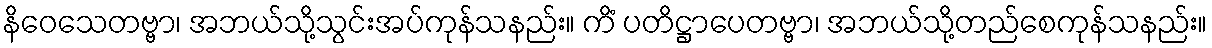
နိဝေသေတဗ္ဗာ၊ အဘယ်သို့သွင်းအပ်ကုန်သနည်း။ ကိံ ပတိဋ္ဌာပေတဗ္ဗာ၊ အဘယ်သို့တည်စေကုန်သနည်း။